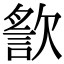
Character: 𣤍